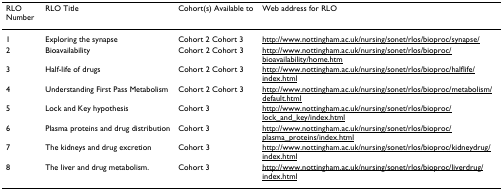
| RLO Number | RLO Title | Cohort(s) Available to | Web address for RLO |
 | --- | --- | --- | --- |
 | 1 | Exploring the synapse | Cohort 2 Cohort 3 | http://www.nottingham.ac.uk/nursing/sonet/rlos/bioproc/synapse/ |
 | 2 | Bioavailability | Cohort 2 Cohort 3 | http://www.nottingham.ac.uk/nursing/sonet/rlos/bioproc/bioavailability/home.htm |
 | 3 | Half-life of drugs | Cohort 2 Cohort 3 | http://www.nottingham.ac.uk/nursing/sonet/rlos/bioproc/halflife/index.html |
 | 4 | Understanding First Pass Metabolism | Cohort 2 Cohort 3 | http://www.nottingham.ac.uk/nursing/sonet/rlos/bioproc/metabolism/default.html |
 | 5 | Lock and Key hypothesis | Cohort 3 | http://www.nottingham.ac.uk/nursing/sonet/rlos/bioproc/lock_and_key/index.html |
 | 6 | Plasma proteins and drug distribution | Cohort 3 | http://www.nottingham.ac.uk/nursing/sonet/rlos/bioproc/plasma_proteins/index.html |
 | 7 | The kidneys and drug excretion | Cohort 3 | http://www.nottingham.ac.uk/nursing/sonet/rlos/bioproc/kidneydrug/index.html |
 | 8 | The liver and drug metabolism. | Cohort 3 | http://www.nottingham.ac.uk/nursing/sonet/rlos/bioproc/liverdrug/index.html |